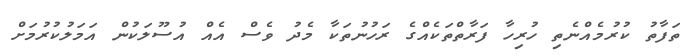
ތަފާތު ކުރުމެއްނެތި ހުރިހާ ފަރާތްތަކެއްގެ ރަހުނުތަކާ މެދު ވެސް އެއް އުސޫލަކުން އަމަލުކުރުމަށް